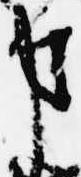
事